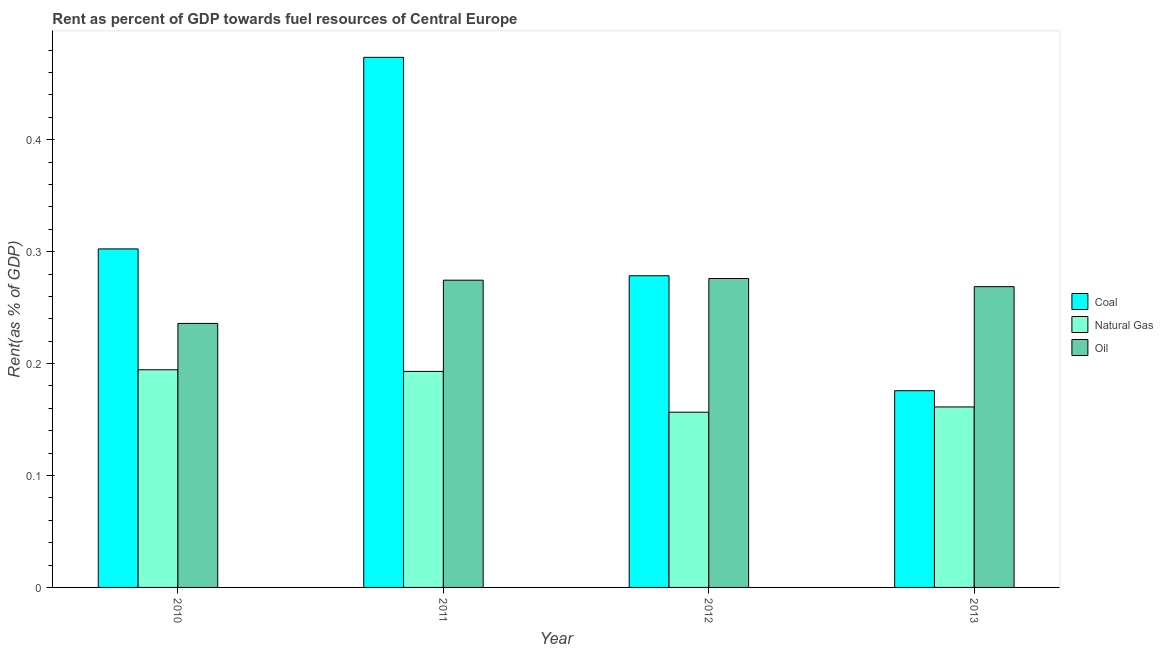
| Year | Coal | Natural Gas | Oil |
 | --- | --- | --- | --- |
 | 2010 | 0.302 | 0.194 | 0.236 |
 | 2011 | 0.474 | 0.193 | 0.274 |
 | 2012 | 0.278 | 0.157 | 0.276 |
 | 2013 | 0.176 | 0.161 | 0.269 |